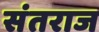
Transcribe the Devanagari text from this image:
संतराज